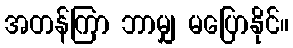
အတန်ကြာ ဘာမျှ မပြောနိုင်။